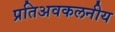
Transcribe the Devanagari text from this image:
प्रतिअवकलनीय